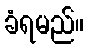
ခံရမည်။